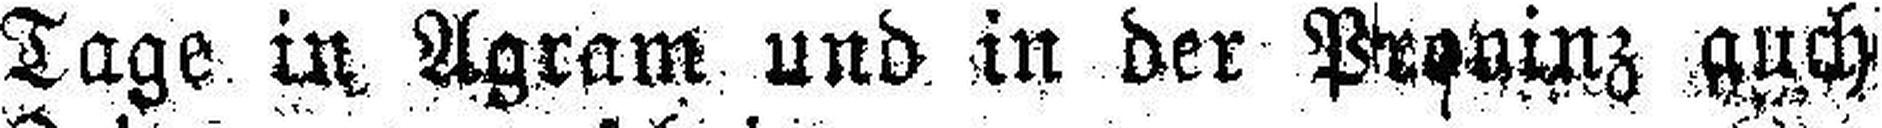
Tage in Agram und in der Provinz guch keine